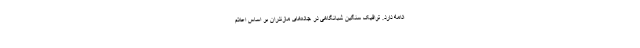
ادامه دارد. ترافیک سنگین شبانگاهی در جاده‌های مازندران بر اساس اعلام